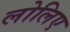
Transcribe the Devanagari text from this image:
लोलिए